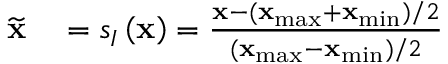
\begin{array} { r l } { \widetilde { \mathbf { x } } } & { { } = s _ { I } \left( \mathbf { x } \right) = \frac { \mathbf { x } - ( \mathbf { x } _ { \operatorname* { m a x } } + \mathbf { x } _ { \operatorname* { m i n } } ) / 2 } { ( \mathbf { x } _ { \operatorname* { m a x } } - \mathbf { x } _ { \operatorname* { m i n } } ) / 2 } } \end{array}